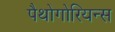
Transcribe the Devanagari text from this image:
पैथोगोरियन्स